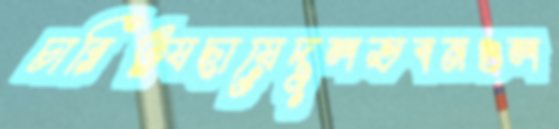
চারিত্র্যছায়েদুলভবনগুল